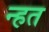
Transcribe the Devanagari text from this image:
न्हत